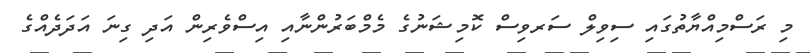
މި ރަސްމިއްޔާތުގައި ސިވިލް ސަރވިސް ކޮމިޝަނުގެ މެމްބަރުންނާއި އިސްވެރިން އަދި ގިނަ އަދަދެއްގެ